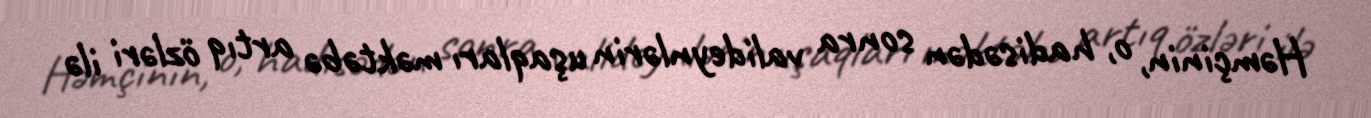
Həmçinin, o, hadisədən sonra valideynlərin uşaqları məktəbə artıq özləri ilə